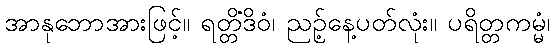
အာနုဘောအားဖြင့်။ ရတ္တိံဒိဝံ၊ ညဉ့်နေ့ပတ်လုံး။ ပရိတ္တကမ္မံ၊